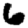
Digit: 6